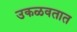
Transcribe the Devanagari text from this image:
उकळवतात